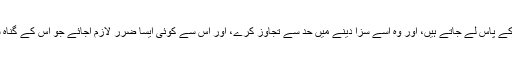
جیسے آپ ایک مجرم کو ظالم بادشاہ کے پاس لے جاتے ہیں، اور وہ اسے سزا دینے میں حد سے تجاوز کرے، اور اس سے کوئی ایسا ضرر لازم آجائے جو اس کے گناہ سے زیادہ ہے تو یہ درست نہیں ہوگا۔